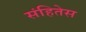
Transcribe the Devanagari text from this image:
संहितेस